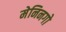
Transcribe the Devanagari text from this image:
मेनिनगो